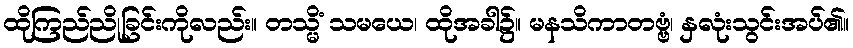
ထိုကြည်ညိုခြင်းကိုလည်း။ တသ္မိံ သမယေ၊ ထိုအခါ၌။ မနသိကာတဗ္ဗံ၊ နှလုံးသွင်းအပ်၏။